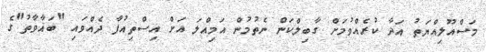
މަސްއޫލިއްޔަތު އަދާ ކުރެއްވުމަށް ގާބިލްކަން ނެތުމުން އަމިއްލަ އަށް އިސްތިއުފާ ދެއްވައި "ބަޣާވާތު"ގެ